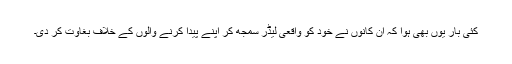
کئی بار یوں بھی ہوا کہ ان کانوں نے خود کو واقعی لیڈر سمجھ کر اپنے پیدا کرنے والوں کے خلاف بغاوت کر دی۔